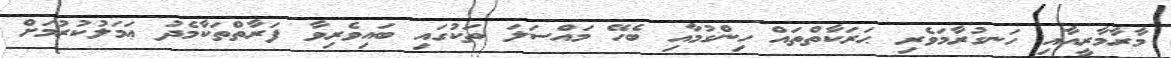
މާރާމާރީއާއި ހަނގުރާމަވެރި ޙަރަކާތްތައް ހިންގުމާއި ބެހޭ މައްސަލަ ތަކުގައި ބައިވެރިވާ ފަރާތްތަކާމެދު ޢަމަލުކުރުމަށް